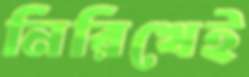
নিরিখেই